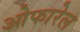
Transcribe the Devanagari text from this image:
ओफारेल